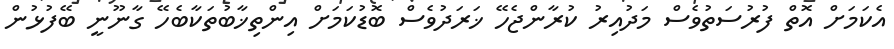
އެކަމަށް އޮތް ފުރުސަތުވެސް މަދުއިރު ކުރާންޖެހޭ ޚަރަދުވެސް ބޮޑުކަމަށް އިންތިޚާބުތަކާބެހޭ ގާނޫނީ ބޭފުޅުން